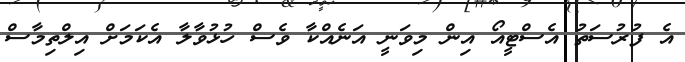
އެ ފުރުސަތު އެސްޓީއޯ އިން މިވަނީ އަނެއްކާ ވެސް ހުޅުވާލާ އެކަމަށް އިލްތިމާސް